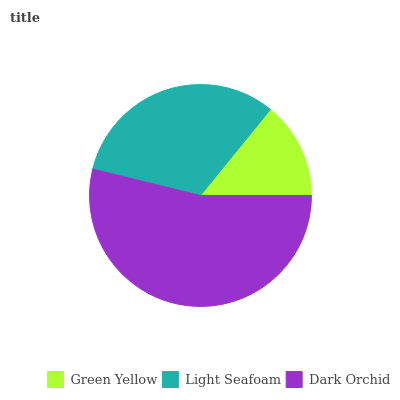
| Green Yellow | Light Seafoam | Dark Orchid |
 | --- | --- | --- |
 | 14.1% | 32% | 53.8% |